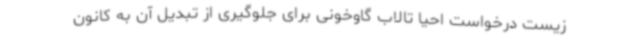
زیست درخواست احیا تالاب گاوخونی برای جلوگیری از تبدیل آن به کانون